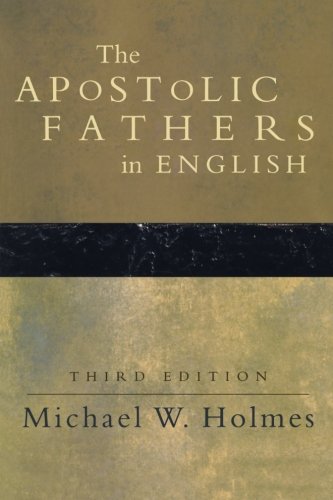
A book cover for The Apostolic Fathers in English; Christian Books & Bibles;